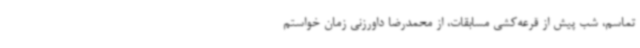
تماسم، شب پیش از قرعه‌کشی مسابقات، از محمدرضا داورزنی زمان خواستم